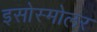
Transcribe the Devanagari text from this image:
इसोस्मोलर